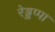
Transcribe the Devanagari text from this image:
रेड्डप्पा